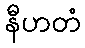
နီဟတံ